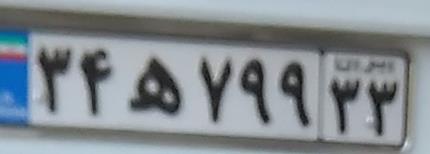
۳۴ه۷۹۹۳۳